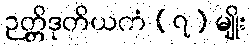
ဉတ္တိဒုတိယကံ (၇) မျိုး